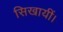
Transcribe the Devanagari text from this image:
सिखायीं।